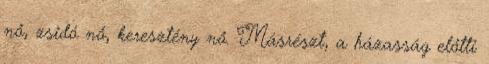
nő, zsidó nő, keresztény nő. Másrészt, a házasság előtti